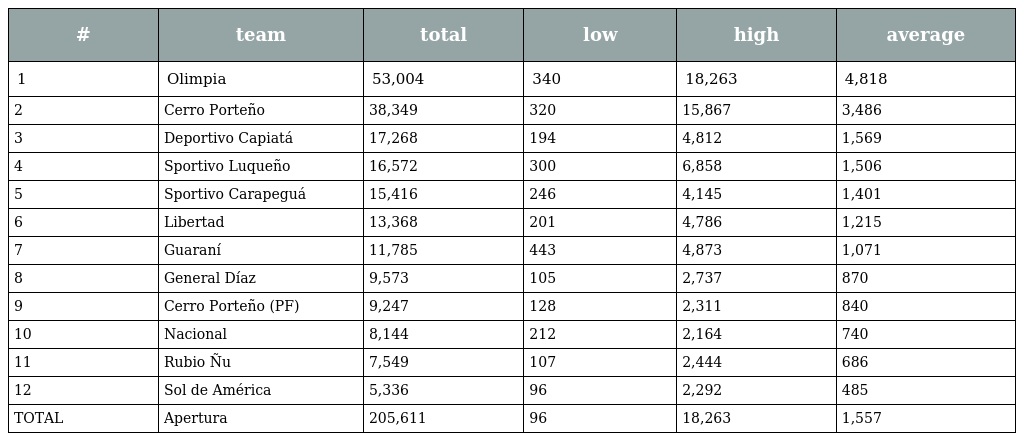
| # | team | total | low | high | average |
 | --- | --- | --- | --- | --- | --- |
 | 1 | Olimpia | 53,004 | 340 | 18,263 | 4,818 |
 | 2 | Cerro Porteño | 38,349 | 320 | 15,867 | 3,486 |
 | 3 | Deportivo Capiatá | 17,268 | 194 | 4,812 | 1,569 |
 | 4 | Sportivo Luqueño | 16,572 | 300 | 6,858 | 1,506 |
 | 5 | Sportivo Carapeguá | 15,416 | 246 | 4,145 | 1,401 |
 | 6 | Libertad | 13,368 | 201 | 4,786 | 1,215 |
 | 7 | Guaraní | 11,785 | 443 | 4,873 | 1,071 |
 | 8 | General Díaz | 9,573 | 105 | 2,737 | 870 |
 | 9 | Cerro Porteño (PF) | 9,247 | 128 | 2,311 | 840 |
 | 10 | Nacional | 8,144 | 212 | 2,164 | 740 |
 | 11 | Rubio Ñu | 7,549 | 107 | 2,444 | 686 |
 | 12 | Sol de América | 5,336 | 96 | 2,292 | 485 |
 | TOTAL | Apertura | 205,611 | 96 | 18,263 | 1,557 |